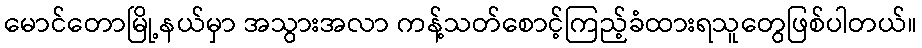
မောင်တောမြို့နယ်မှာ အသွားအလာ ကန့်သတ်စောင့်ကြည့်ခံထားရသူတွေဖြစ်ပါတယ်။